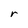
Character: r